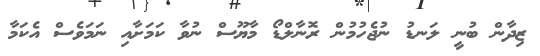
ޒިދާން ބުނީ ލަނޑު ނުޖެހުމުން ރޮނާލްޑޯ މާޔޫސް ނުވާ ކަމަށާއި ނަމަވެސް އެކަމާ